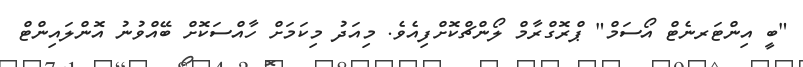
"ބީ އިންޓަރނެޓް އޯސަމް" ޕްރޮގްރާމް ލޯންޗްކޮށްފިއެވެ. މިއަދު މިކަމަށް ހާއްސަކޮށް ބޭއްވުނު އޮންލައިންޓް